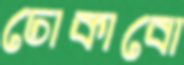
ঢোকাবো